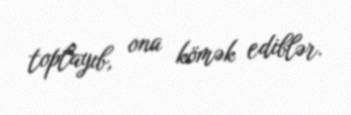
toplayıb, ona kömək ediblər.